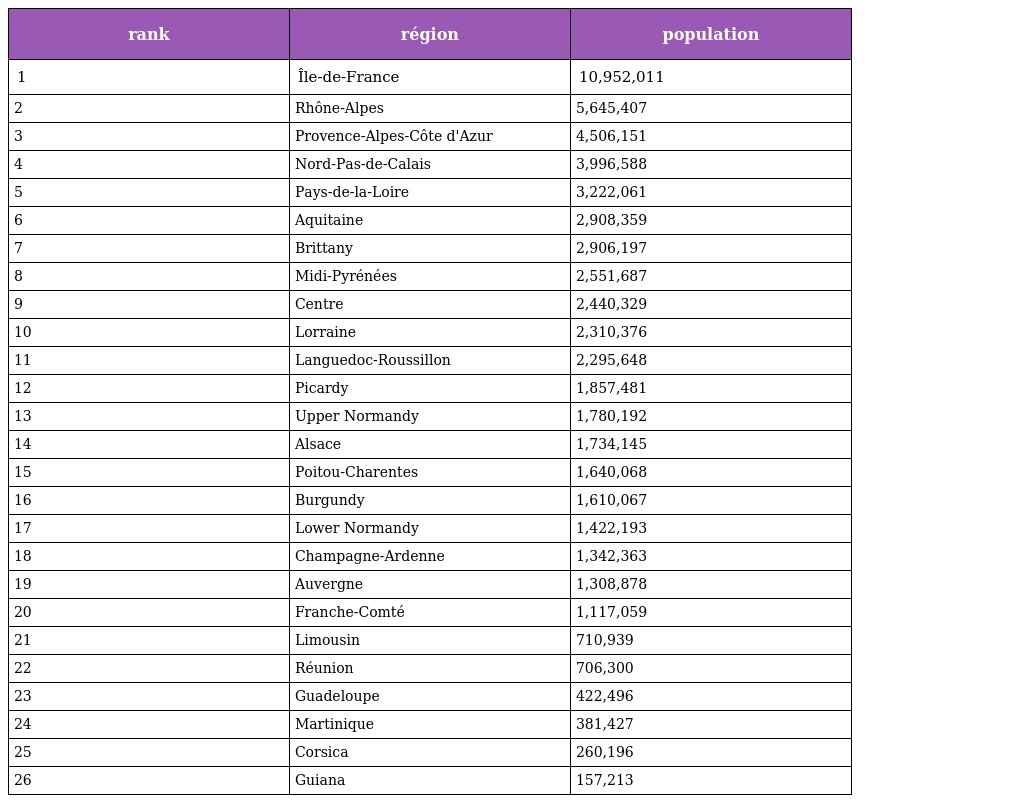
| rank | région | population |
 | --- | --- | --- |
 | 1 | Île-de-France | 10,952,011 |
 | 2 | Rhône-Alpes | 5,645,407 |
 | 3 | Provence-Alpes-Côte d'Azur | 4,506,151 |
 | 4 | Nord-Pas-de-Calais | 3,996,588 |
 | 5 | Pays-de-la-Loire | 3,222,061 |
 | 6 | Aquitaine | 2,908,359 |
 | 7 | Brittany | 2,906,197 |
 | 8 | Midi-Pyrénées | 2,551,687 |
 | 9 | Centre | 2,440,329 |
 | 10 | Lorraine | 2,310,376 |
 | 11 | Languedoc-Roussillon | 2,295,648 |
 | 12 | Picardy | 1,857,481 |
 | 13 | Upper Normandy | 1,780,192 |
 | 14 | Alsace | 1,734,145 |
 | 15 | Poitou-Charentes | 1,640,068 |
 | 16 | Burgundy | 1,610,067 |
 | 17 | Lower Normandy | 1,422,193 |
 | 18 | Champagne-Ardenne | 1,342,363 |
 | 19 | Auvergne | 1,308,878 |
 | 20 | Franche-Comté | 1,117,059 |
 | 21 | Limousin | 710,939 |
 | 22 | Réunion | 706,300 |
 | 23 | Guadeloupe | 422,496 |
 | 24 | Martinique | 381,427 |
 | 25 | Corsica | 260,196 |
 | 26 | Guiana | 157,213 |